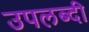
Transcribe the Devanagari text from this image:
उपलब्दी